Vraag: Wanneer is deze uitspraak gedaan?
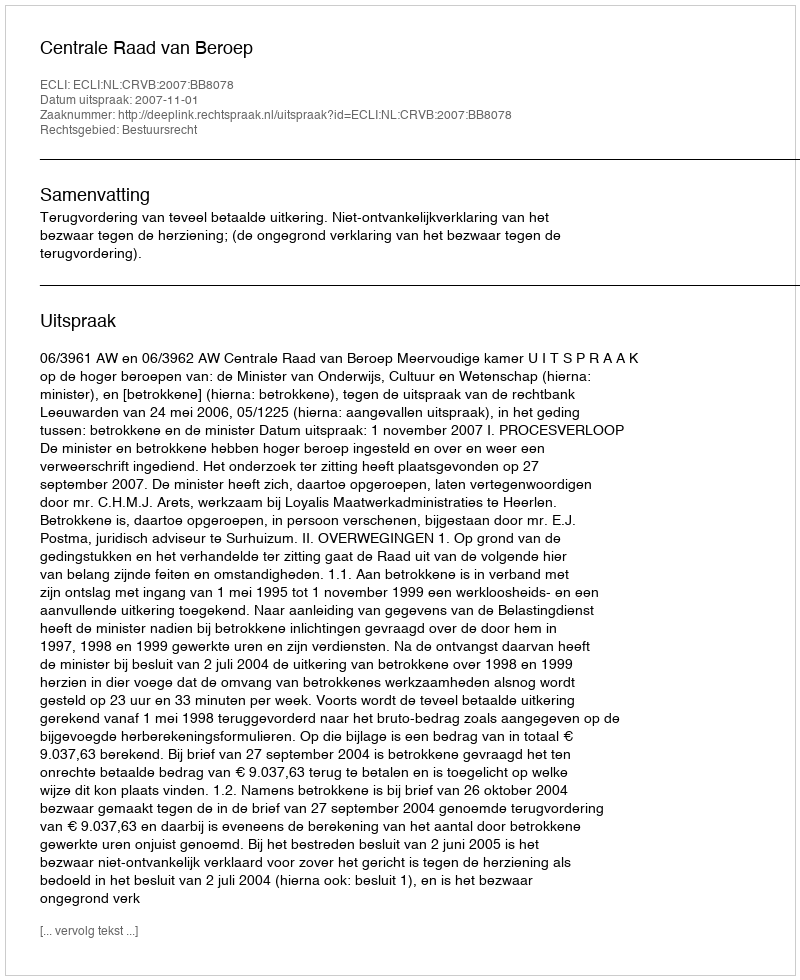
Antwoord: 2007-11-01